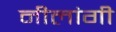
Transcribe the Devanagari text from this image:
नीलांगी